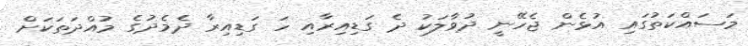
މަސައްކަތުގައި އުޅެން ޖެހޭނީ ދުވާލަކު ދެ ގަޑިއިރާއި ހަ ގަޑިއިރާ ދެމެދުގެ މުއްދަތަކަށް